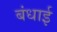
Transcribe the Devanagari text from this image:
बंधाई